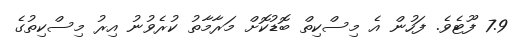
7.9 ފޫޓެވެ. ފަހުން އެ މިސްކިތް ބޮޑުކޮށް މަރާމާތު ކުރެވުނު އިރު މިސްކިތުގެ